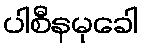
ပါစီနမုခေါ